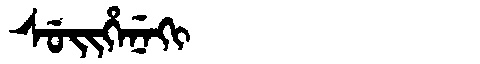
Manchu: ᠰᡠᡳᡥᡝᠨᡝᡴᡳ
Romanization: SUIHENEKI